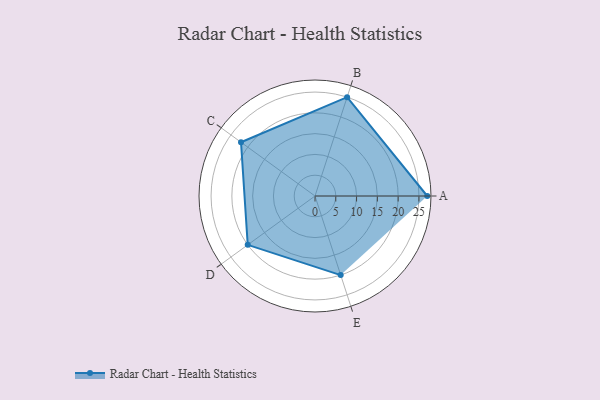
{"axis": {"x": "Skill", "y": "Score"}, "legend": ["Profile"], "data": [{"x": "A", "y": 27.0, "type": "Profile"}, {"x": "B", "y": 25.0, "type": "Profile"}, {"x": "C", "y": 22.0, "type": "Profile"}, {"x": "D", "y": 20, "type": "Profile"}, {"x": "E", "y": 20, "type": "Profile"}]}